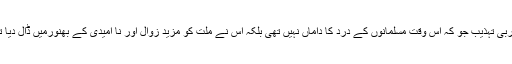
مغربی تہذیب جو کہ اس وقت مسلمانوں کے درد کا داماں نہیں تھی بلکہ اس نے ملت کو مزید زوال اور نا امیدی کے بھنورمیں ڈال دیا تھا۔